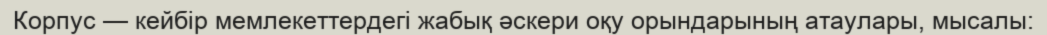
Корпус — кейбір мемлекеттердегі жабық әскери оқу орындарының атаулары, мысалы: